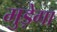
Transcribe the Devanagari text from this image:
मुड़ेगा